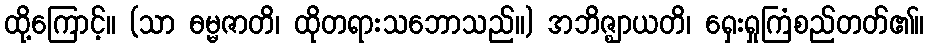
ထို့ကြောင့်။ (သာ ဓမ္မဇာတိ၊ ထိုတရားသဘောသည်။) အဘိဇ္ဈာယတိ၊ ရှေးရှုကြံစည်တတ်၏။